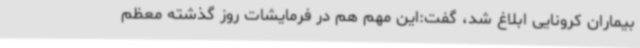
بیماران کرونایی ابلاغ شد، گفت:این مهم هم در فرمایشات روز گذشته معظم